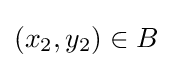
(x_{2},y_{2})\in B